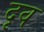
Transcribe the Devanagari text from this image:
दृव